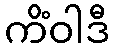
ကိံဝါဒီ